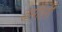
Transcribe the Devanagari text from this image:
डमाैली